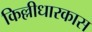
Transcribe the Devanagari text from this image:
किल्लीधारकास